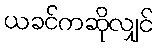
ယခင်ကဆိုလျှင်